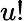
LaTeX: u!